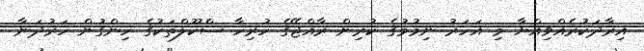
އިރާދަކުރެއްވިއްޔާ މި އަހަރު ނިމުމުގެ ކުރިން ރާއްޖޭގެ ހުރިހާ ސްކޫލްތަކުގެ ހިންގުން ހަރުދަނާ